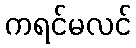
ကရင်မလင်